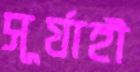
সূর্যাহী